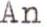
An